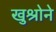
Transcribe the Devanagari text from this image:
खुश्रोने